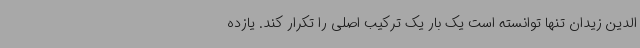
الدین زیدان تنها توانسته است یک بار یک ترکیب اصلی را تکرار کند. یازده